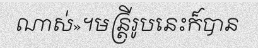
ណាស់»។មន្ត្រីរូបនេះក៏បាន